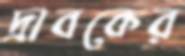
দ্রাবকের